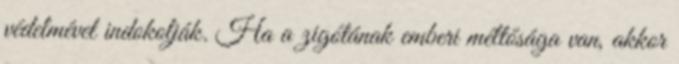
védelmével indokolják. Ha a zigótának emberi méltósága van, akkor